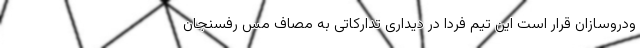
ودروسازان قرار است این تیم فردا در دیداری تدارکاتی به مصاف مس رفسنجان